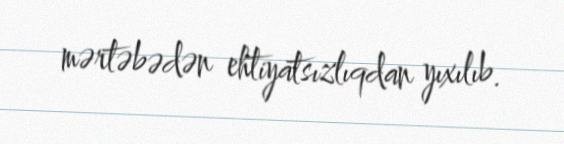
mərtəbədən ehtiyatsızlıqdan yıxılıb.